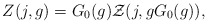
\begin{align*}Z(j,g)=G_0(g){\cal Z}(j,gG_0(g)),\end{align*}